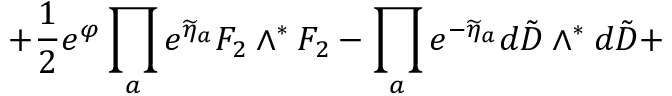
\left. + \frac { 1 } { 2 } e ^ { \varphi } \prod _ { a } e ^ { \widetilde \eta _ { a } } { F } _ { 2 } \wedge ^ { * } { F } _ { 2 } - \prod _ { a } e ^ { - \widetilde \eta _ { a } } d { \tilde { D } } \wedge ^ { * } d { \tilde { D } } + \right.